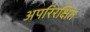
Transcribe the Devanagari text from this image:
अपरिरक्षित